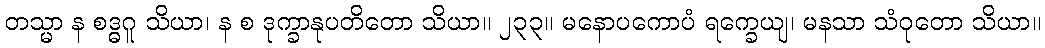
တသ္မာ န စဒ္ဓဂူ သိယာ၊ န စ ဒုက္ခာနုပတိတော သိယာ။ ၂၃၃။ မနောပကောပံ ရက္ခေယျ၊ မနသာ သံဝုတော သိယာ။